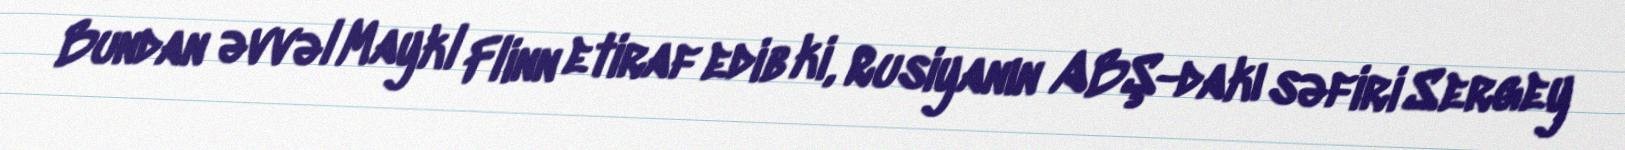
Bundan əvvəl Maykl Flinn etiraf edib ki, Rusiyanın ABŞ-dakı səfiri Sergey